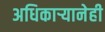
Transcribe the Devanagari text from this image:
अधिकाऱ्यानेही